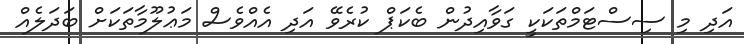
އަދި މި ސިސްޓަމްތަކަކީ ގަވާއިދުން ބެކަޕް ކުރެވޭ އަދި އެއްވެސް މަޢުލޫމާތަކަށް ބަދަލެއް